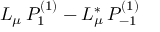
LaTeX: L _ { \mu } \, P _ { 1 } ^ { ( 1 ) } - L _ { \mu } ^ { * } \, P _ { - 1 } ^ { ( 1 ) }